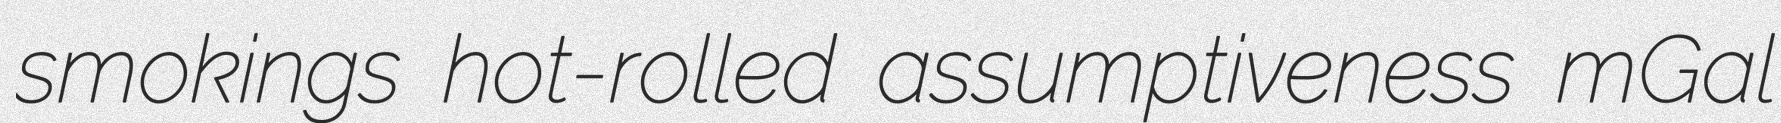
smokings hot-rolled assumptiveness mGal